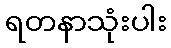
ရတနာသုံးပါး